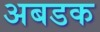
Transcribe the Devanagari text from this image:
अबडक